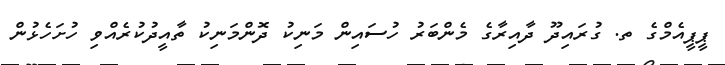
ޕީޕީއެމްގެ ތ. ގުރައިދޫ ދާއިރާގެ މެންބަރު ހުސައިން މަނިކު ދޮންމަނިކު ތާއީދުކުރެއްވި ހުށަހެޅުން